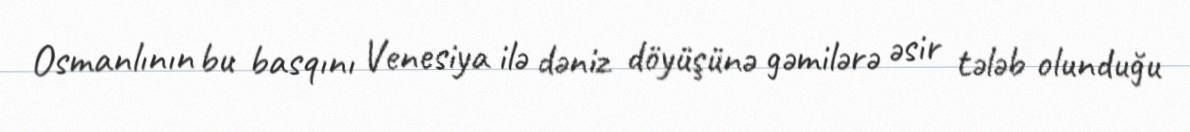
Osmanlının bu basqını Venesiya ilə dəniz döyüşünə gəmilərə əsir tələb olunduğu